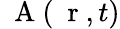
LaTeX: \mathrm{~\mathbf~A~}(\mathrm{~\mathbf~r~},t)